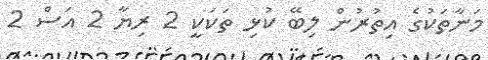
މަނާތަކުގެ އިތުރުން ލިބޭ ކުޅި ތަކަކީ 2 ރިޔާ 2 އަސް 2